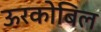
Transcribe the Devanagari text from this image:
ऊरकोबिल